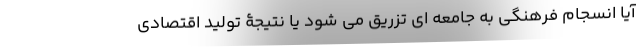
آیا انسجام فرهنگی به جامعه ای تزریق می شود یا نتیجۀ تولید اقتصادی